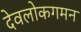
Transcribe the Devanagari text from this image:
देवलोकगमन